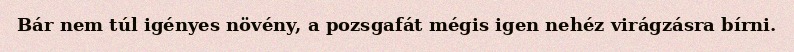
Bár nem túl igényes növény, a pozsgafát mégis igen nehéz virágzásra bírni.